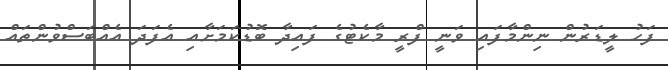
ފަހު ލީޑަރުން ނިންމާފައި ވަނީ ފްރީ މާކެޓުގެ ފައިދާ ބޮޑުކަމަށާއި އެފަދަ އެއްބަސްވުންތައް